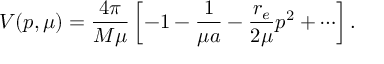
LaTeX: V ( p , \mu ) = { \frac { 4 \pi } { M \mu } } \left[ - 1 - { \frac { 1 } { \mu a } } - { \frac { r _ { e } } { 2 \mu } } p ^ { 2 } + \cdots \right] .